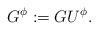
LaTeX: \begin{align*}G^\phi:=GU^\phi.\end{align*}